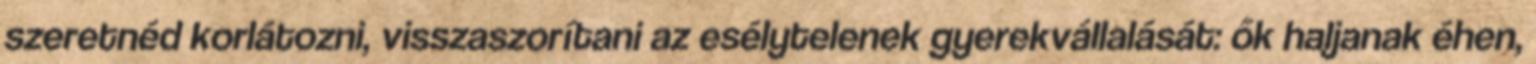
szeretnéd korlátozni, visszaszorítani az esélytelenek gyerekvállalását: ők haljanak éhen,